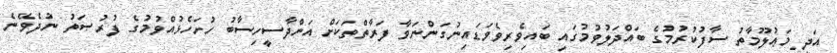
އަދި މަޢުލޫމާތު ސާފުކުރުމުގެ ބައްދަލުވުމުގައި ބައިވެރިވެވަޑައިނުގަންނަވާ ފަރާތްތަކަށް އަންދާސީހިސާބު ހުށަހެޅުއްވުމުގެ ފުރުޞަތު ނުދެވޭނެ